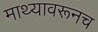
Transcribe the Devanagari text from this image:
माथ्यावरूनच